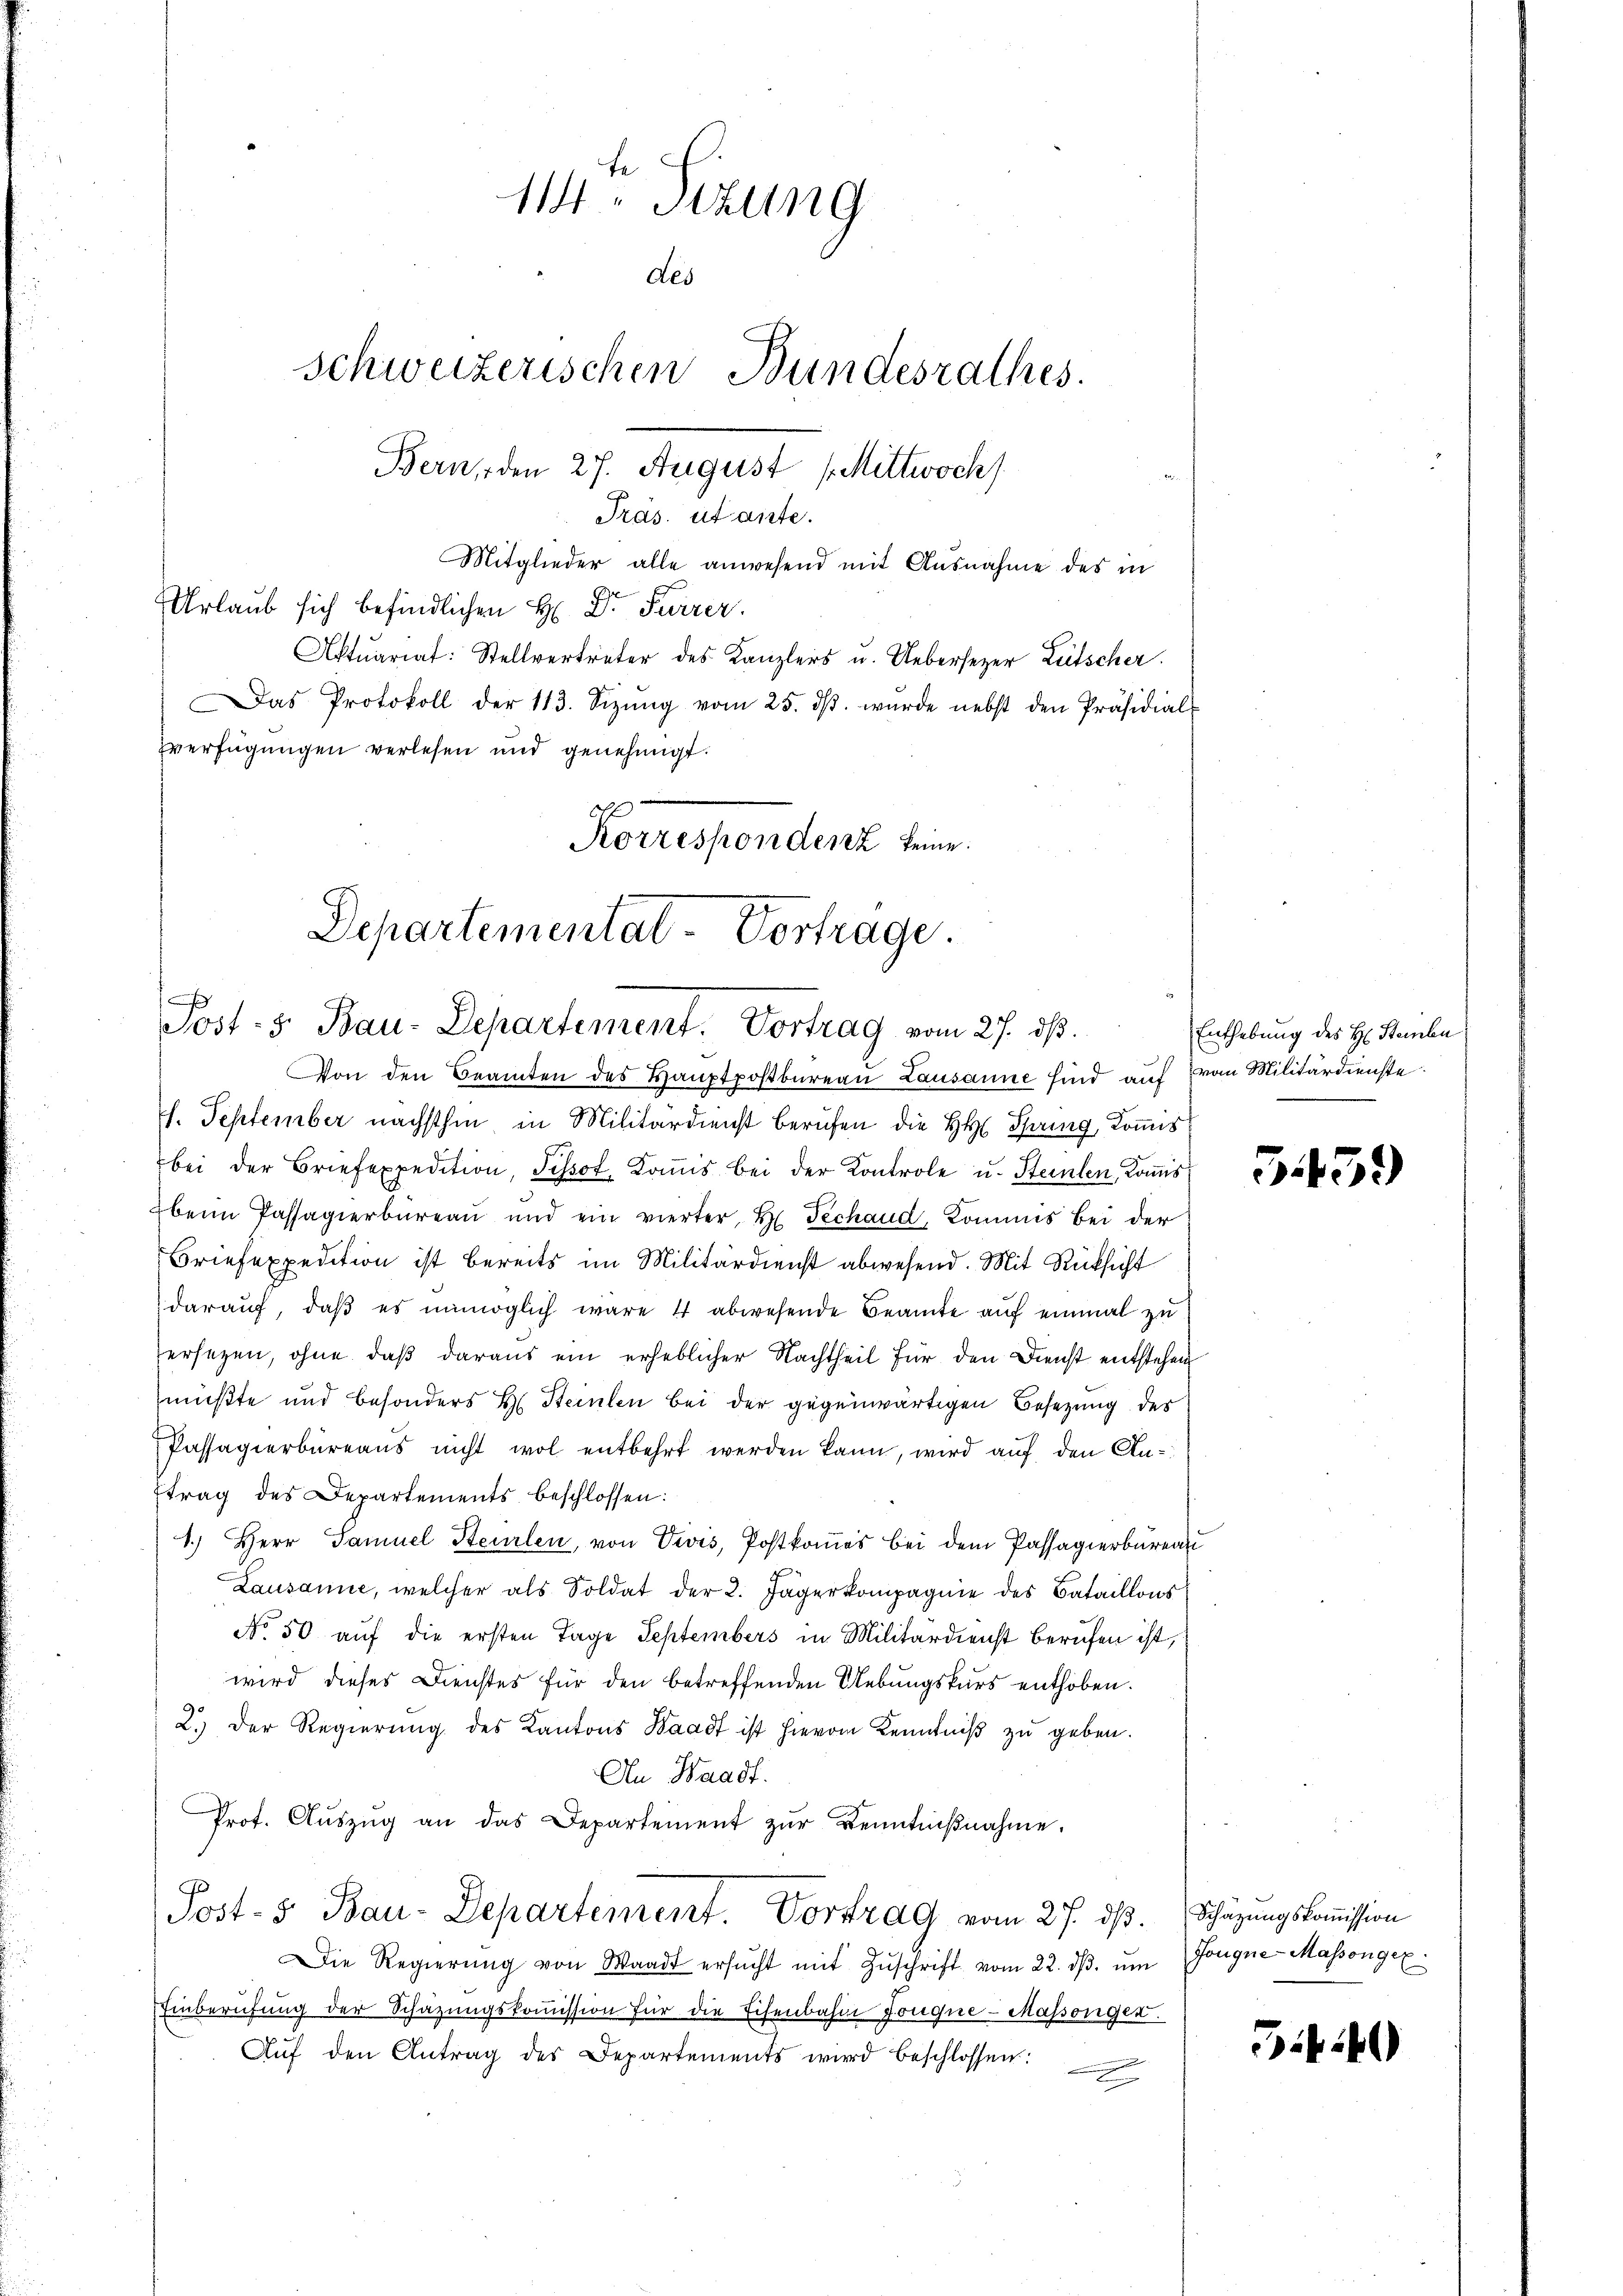
114. Sizung
des
Schweizerischen Bundesrathes.
Bern, den 27. August (Mittwoch
Pras. utaiste.

Mitglieder alle anwesend mit Ausnahme des in
Urlaub sich befindlichen H. Dr. Furrer.
Aktuariat: Stellvertreter des Kanzlers u. Uebersezer Lütscher.
Das Protokoll der 113. Sizŭng vom 25. dβ. wurde nebst den Präsidial-
verfügungen verlesen und genehmigt.
Korrespendenz sein.

Departementat- Vortrage.
Post- 5. Bau-Departement. Vortrag vom 27. dß.

Von den Beamten des Hauptpostbureau Lausanne sind auf von Militärdienste
I. September nächsthin in Militärdienst berufen die HH Spring, Kommis
e
bei der Briefexpedition, Tissot. Koṁis bei der Kontrole u. Steinlen, Koṁis
beim Passagierbureau und ein vierter, Hr. Techand, Kommis bei der
Briefexpedition ist bereits im Militärdienst abwesend. Mit Rücksicht
daraŭf, daβ es unmöglich wäre 4 abwesende Beamte aŭf einmal zu
ersetzen, ohne daß daraus ein erheblicher Nachtheil für den Dienst entstehen
mußte und besonders H. Steinlen bei der gegenwärtigen Besetzung des
Passagierbüreaŭs nicht wol entbehrt werden kann, wird auf den Anftrag des Departements beschlossen:
1.) Herr Samuel Steuerlen, von Divis, Postkommes bei dem Passagierbureau
Lausanne, welcher als Soldat der 2. Jägerkompagnie des Bataillons
No 50 auf die ersten Tage Septembers in Militärdienst berufen ist,
wird dieses Dienstes für den betreffenden Uebungskurs enthoben.
2.) Der Regierŭng des Kantons Waadt ist hievon Kenntniß zu geben.
An Waadt.
Prot. Aŭszŭg an das Departement zŭr Kenntniβnahme.
Post- 5. Bau-Departement. Vortrag vom 27. ds. Schazungskommission
Die Regierŭng von Waadt ersŭcht mit Zŭschrift vom 22. dβ. ŭm Gongne- Massongex
Einberufung der Schazungskoṁission für die Eisenbahne Lougne- Massengen.
Auf den Antrag des Departements wird beschlossen:
t

Enthebung des H: Stembe

5459)

ii)